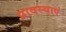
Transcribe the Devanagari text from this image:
प्रावस्थाएं